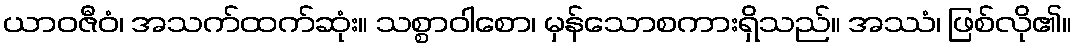
ယာဝဇီဝံ၊ အသက်ထက်ဆုံး။ သစ္စာဝါစော၊ မှန်သောစကားရှိသည်။ အဿံ၊ ဖြစ်လို၏။